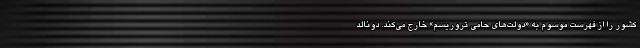
کشور را از فهرست موسوم به «دولت‌های حامی تروریسم» خارج می‌کند. دونالد